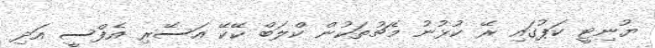
ޔުނިޓީ ކަޕުގައި ރޭ ކުޅުނު މެޗުތަކުން ކްލަބް ކޭކޭ އަސޭރި އެފްސީ އަދި